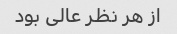
از هر نظر عالی بود